Report of the King Institute of Preventive Medicine, Guindy
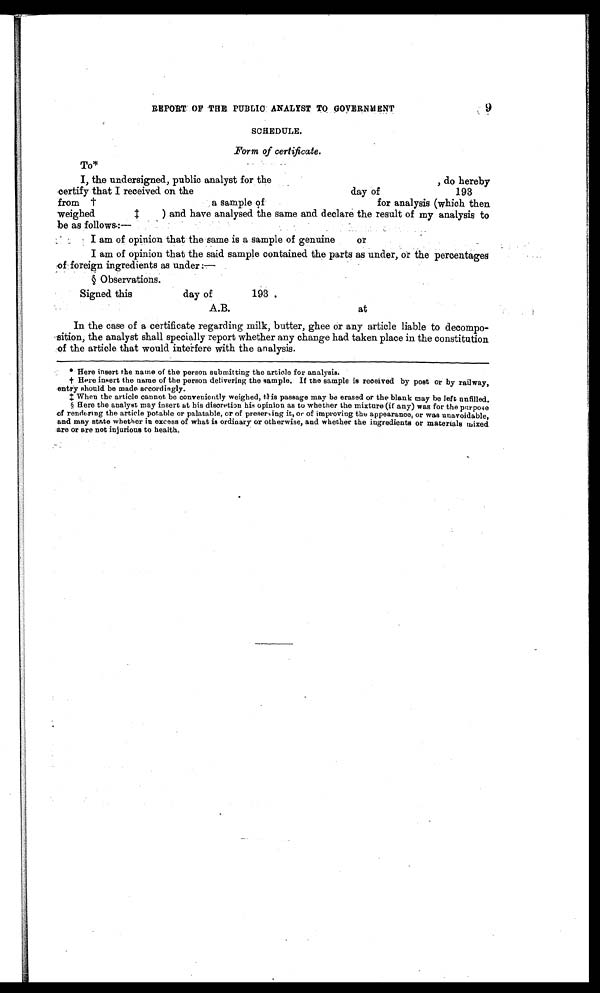
9
REPORT OF THE PUBLIC ANALYST TO GOVERNMENT
SCHEDULE.
Form of certificate.
I, the undersigned, public analyst for the , do hereby
certify that I received on the day of 193
from †a sample of for analysis (which then
weighed ‡) and have analysed the same and declare the result of my analysis to
be as follows:—
I am of opinion that the same is a sample of genuine or
I am of opinion that the said sample contained the parts as under, or the percentages
of foreign ingredients as under :—
§ Observations.
Signed this day of 193.
A.B.
In the case of a certificate regarding milk, butter, ghee or any article liable to decompo
-sition, the analyst shall specially report whether any change had taken place in the constitution
of the article that would interfere with the analysis.
• Here insert the name of the person submitting the article for analysis.
† Here insert the name of the person delivering the sample. If the sample is received by post or by railway,
entry should be made accordingly.
‡ When the article cannot be conveniently weighed, this passage may be erased or the blank may be left unfilled.
§ Here the analyst may insert at his discretion his opinion as to whether the mixture (if any) was for the purpose
of rendering the article potable or palatable, or of preserving it, or of improving the appearance, or was unavoidable,
and may state whether in excess of what is ordinary or otherwise, and whether the ingredients or materials mixed
are or are not injurious to health.